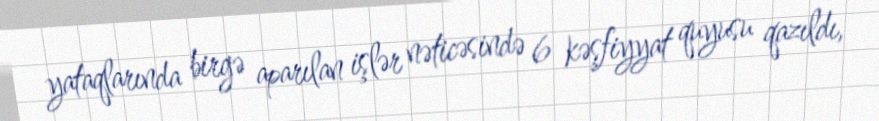
yataqlarında birgə aparılan işlər nəticəsində 6 kəşfiyyat quyusu qazıldı,